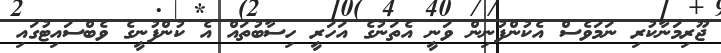
ޖޫރިމަނާކުރި ނަމަވެސް އެކުންފުނިން ވަނީ އެތަނުގެ އަހަރީ ހިސާބުތައް އެ ކުންފުނީގެ ވެބްސައިޓުގައި